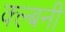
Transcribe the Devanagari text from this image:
क्ल्बनी